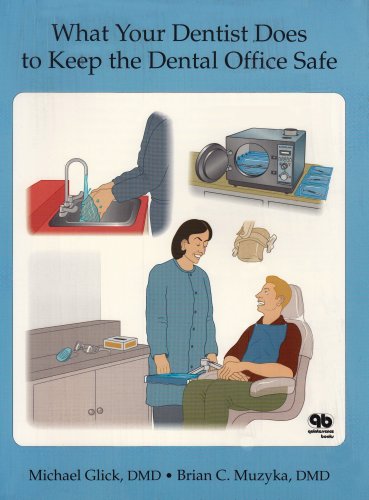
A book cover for What Your Dentist Does to Keep the Dental Office Safe; Michael Glick; Medical Books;